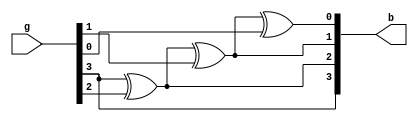
//GRAY TO BINARY CONVERSION
`timescale 1ns/1ns

module g_to_b_conv(b,g);
	output [3:0] b;
	input  [3:0]g;

assign b[3] = g[3];
xor x1(b[2],b[3],g[2]);
xor x2(b[1],b[2],g[1]);
xor x3(b[0],b[1],g[0]);

endmodule


module g_to_b_conv_stimulus();
wire [3:0] b;
reg [3:0] g;
g_to_b_conv uut(b,g);
initial 
begin
  	 g = #0 4'b0010;
	 g = #20 4'b1011;
	 g = #40 4'b0110;
end
endmodule